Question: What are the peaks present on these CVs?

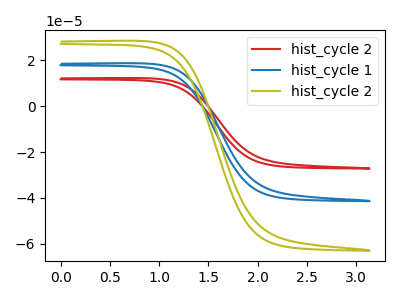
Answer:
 <answer>The red curve "hist_cycle 2" has no peaks. The blue curve "hist_cycle 1" has no peaks. The olive curve "hist_cycle 2" has no peaks.</answer>
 <eval></eval>